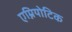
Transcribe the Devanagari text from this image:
एम्नियोटिक